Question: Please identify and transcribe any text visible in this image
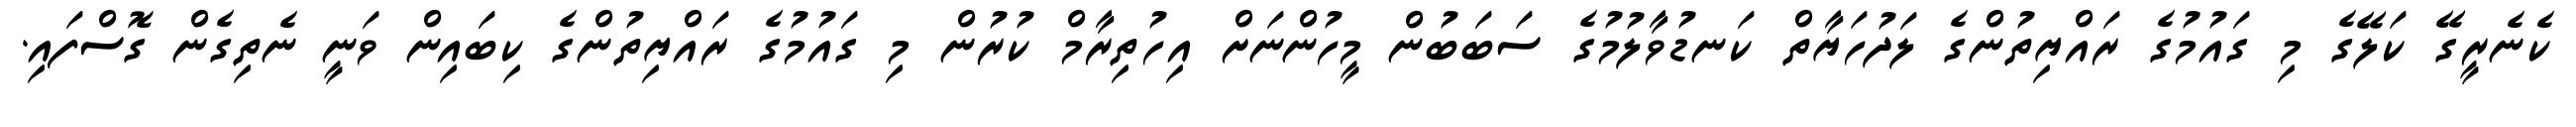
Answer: ކެނެރީގޭ ކަލޭގެ މި ގައުމުގެ ރައްޔިތުންގެ ލަދުހަޔާތް ކަނޑުވާލުމުގެ ސަބަބުން މީހުންނަށް އިހުތިރާމް ކުރުން މި ގައުމުގެ ރައްޔިތުންގެ ކިބައިން ވަނީ ނެތިގެން ގޮސްފައި.